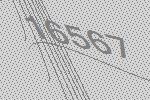
16567